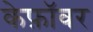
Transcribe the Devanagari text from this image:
केफ़ॉवर